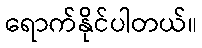
ရောက်နိုင်ပါတယ်။